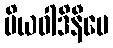
ပိယဝါဒိနီပေ